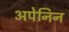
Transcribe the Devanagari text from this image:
अपेनिन